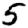
Digit: 5